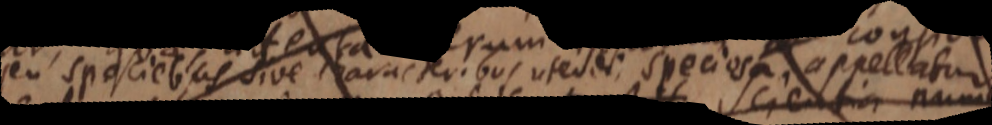
o spalitt atoe umm ui susoncte speaoshe pollitur